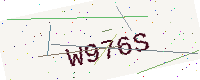
Text: W976S